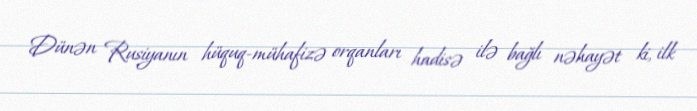
Dünən Rusiyanın hüquq-mühafizə orqanları hadisə ilə bağlı nəhayət ki, ilk